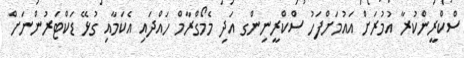
ސްކްރީންކުރާ އުމުރަށް އައުމަށްފަހު ސްކްރީނިންގ އަދި މެމޯގްރާމް ހައްދައި އެކަމާއި ގުޅޭ ޑަކްޓަރުންނަށް